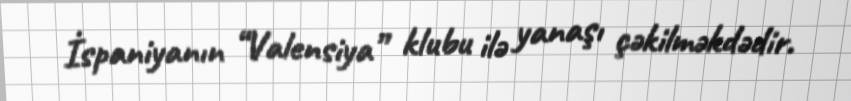
İspaniyanın “Valensiya” klubu ilə yanaşı çəkilməkdədir.